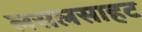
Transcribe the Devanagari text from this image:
लसलसाहट